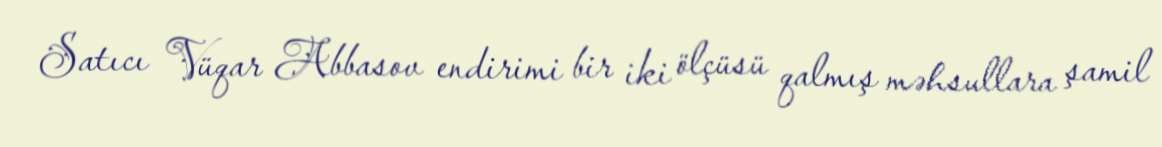
Satıcı Vüqar Abbasov endirimi bir iki ölçüsü qalmış məhsullara şamil